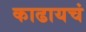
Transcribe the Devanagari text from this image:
काढायचं